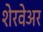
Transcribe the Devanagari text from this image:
शेरवेअर